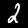
Label: 2